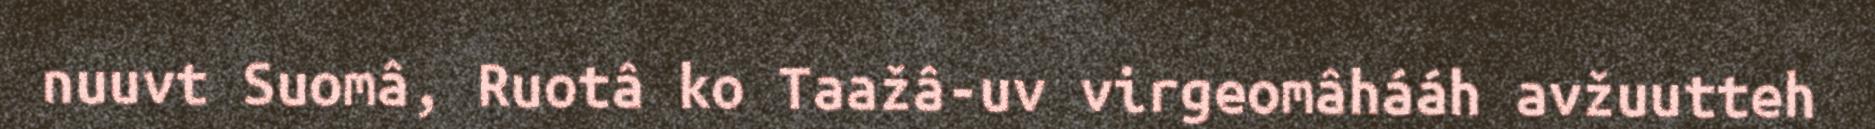
nuuvt Suomâ, Ruotâ ko Taažâ-uv virgeomâhááh avžuutteh